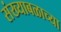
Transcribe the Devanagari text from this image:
संख्याबळाच्या